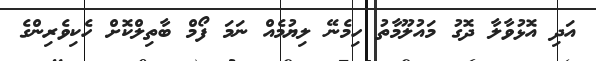
އަދި އޮޅުވާލާ ދޮގު މައުލޫމާތު ހިމެނޭ ލިޔުމެއް ނަމަ ފޯމް ބާތިލްކޮށް ހެކިވެރިންގެ